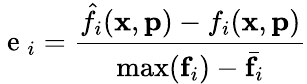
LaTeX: \mathrm{~e~}_{i}=\frac{\hat{f}_{i}(\mathbf{x},\mathbf{p})-f_{i}(\mathbf{x},\mathbf{p})}{\operatorname*{max}(\textbf{f}_{i})-\bar{\textbf{f}_{i}}}